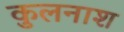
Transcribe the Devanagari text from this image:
कुलनाश